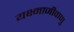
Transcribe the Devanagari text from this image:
यक्ष्माजीवाणु